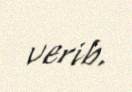
verib.